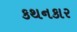
કથનકાર